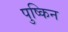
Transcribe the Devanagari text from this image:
पुष्किन